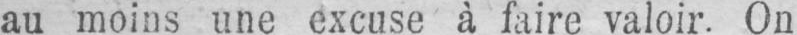
au moins une excuse à faire valoir. On